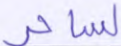
لساحر